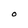
Character: O